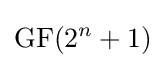
\mathrm {GF} (2^{n}+1)